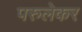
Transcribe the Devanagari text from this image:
परुलेकर